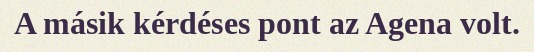
A másik kérdéses pont az Agena volt.